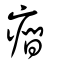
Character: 癎